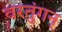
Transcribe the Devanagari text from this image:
वरतुंगन्